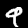
Label: 9